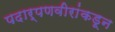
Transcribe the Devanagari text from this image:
पदार्पणवीरांकडून